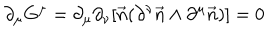
\partial _ { \mu } G ^ { \mu } = \partial _ { \mu } \partial _ { \nu } [ \vec { n } ( \partial ^ { \nu } \vec { n } \wedge \partial ^ { \mu } \vec { n } ) ] = 0